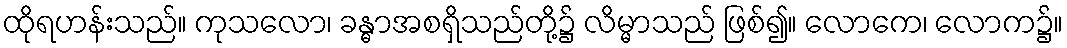
ထိုရဟန်းသည်။ ကုသလော၊ ခန္ဓာအစရှိသည်တို့၌ လိမ္မာသည် ဖြစ်၍။ လောကေ၊ လောက၌။